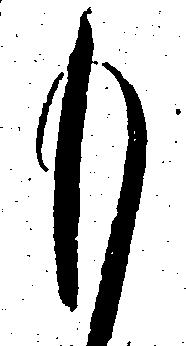
も